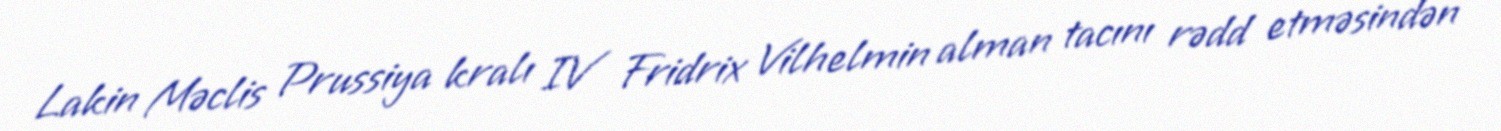
Lakin Məclis Prussiya kralı IV Fridrix Vilhelmin alman tacını rədd etməsindən